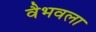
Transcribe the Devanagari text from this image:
वैभवला